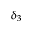
\delta _ { 3 }